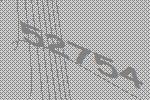
52754